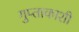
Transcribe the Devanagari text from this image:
गुप्‍ताकाशी